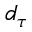
d _ { \tau }